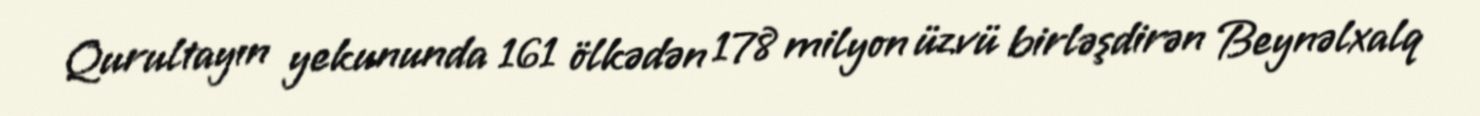
Qurultayın yekununda 161 ölkədən 178 milyon üzvü birləşdirən Beynəlxalq